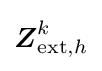
{\boldsymbol {Z}}_{{\text{ext}},h}^{k}